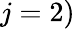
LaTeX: j=2)